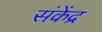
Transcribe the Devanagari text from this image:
संकेंद्र